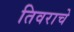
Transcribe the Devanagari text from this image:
तिवराचे